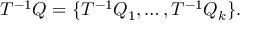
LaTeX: T ^ { - 1 } Q = \{ T ^ { - 1 } Q _ { 1 } , \ldots , T ^ { - 1 } Q _ { k } \} .